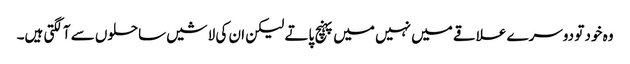
وہ خود تو دوسرے علاقے میں نہیں میں پہنچ پاتے لیکن ان کی لاشیں ساحلوں سے آلگتی ہیں۔